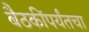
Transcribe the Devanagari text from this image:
बैठकींपर्यंतचा